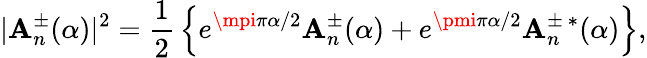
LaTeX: |\mathbf{A}_{n}^{\pm}(\alpha)|^{2}={\frac{{1}}{{2}}}\left\{ e^{\mpi\pi\alpha/2}\mathbf{A}_{n}^{\pm}(\alpha)+e^{\pmi\pi\alpha/2}\mathbf{A}_{n}^{\pm\ *}(\alpha)\right\} ,